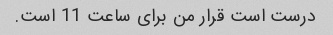
درست است قرار من برای ساعت 11 است.